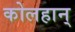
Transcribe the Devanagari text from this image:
कोलहान्